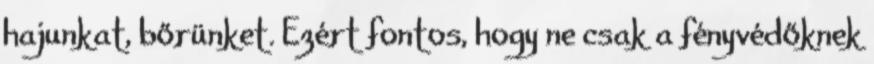
hajunkat, bőrünket. Ezért fontos, hogy ne csak a fényvédőknek